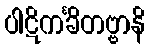
ပါဋိကင်္ခိတဗ္ဗာနိ